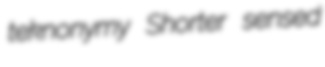
teknonymy Shorter sensed